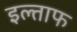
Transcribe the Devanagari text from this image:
इल्ताफ